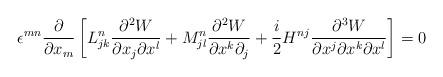
LaTeX: \begin{align*}\epsilon^{mn} \displaystyle\frac{\partial}{\partial x_m} \left[ L^n_{jk}\frac{\partial^2 W}{\partial x_j\partial x^l}+M^n_{jl}\frac{\partial^2 W}{\partial x^k\partial_j}+\frac{i}{2}H^{nj}\frac{\partial^3 W}{\partial x^j\partial x^k\partial x^l}\right]=0\end{align*}